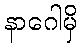
နာဂေါမှိ